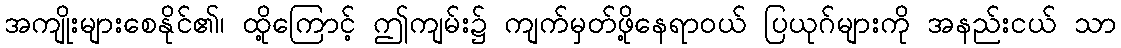
အကျိုးများစေနိုင်၏၊ ထို့ကြောင့် ဤကျမ်း၌ ကျက်မှတ်ဖို့နေရာဝယ် ပြယုဂ်များကို အနည်းငယ် သာ